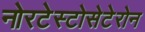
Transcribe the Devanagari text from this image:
नोरटेस्टोसेटेरोन